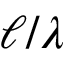
\ell / \lambda